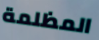
المظلمة